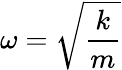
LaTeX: \omega={\sqrt{\frac{k}{m}}}